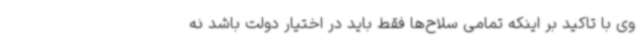
وی با تاکید بر اینکه تمامی سلاح‌ها فقط باید در اختیار دولت باشد نه